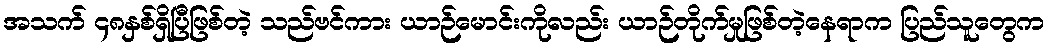
အသက် ၄၈နှစ်ရှိပြီဖြစ်တဲ့ သည်ဗင်ကား ယာဉ်မောင်းကိုလည်း ယာဉ်တိုက်မှုဖြစ်တဲ့နေရာက ပြည်သူတွေက